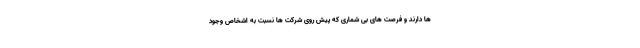
ها دارند و فرصت های بی شماری که پیش روی شرکت ها نسبت به اشخاص وجود